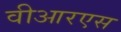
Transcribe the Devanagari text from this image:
वीआरएस